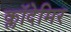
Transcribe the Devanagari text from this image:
क्लॉदेमिर